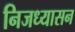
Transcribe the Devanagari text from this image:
निजध्यासन